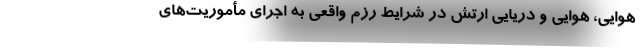
هوایی، هوایی و دریایی ارتش در شرایط رزم واقعی به اجرای مأموریت‌های